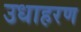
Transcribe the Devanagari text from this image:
उधाहरण